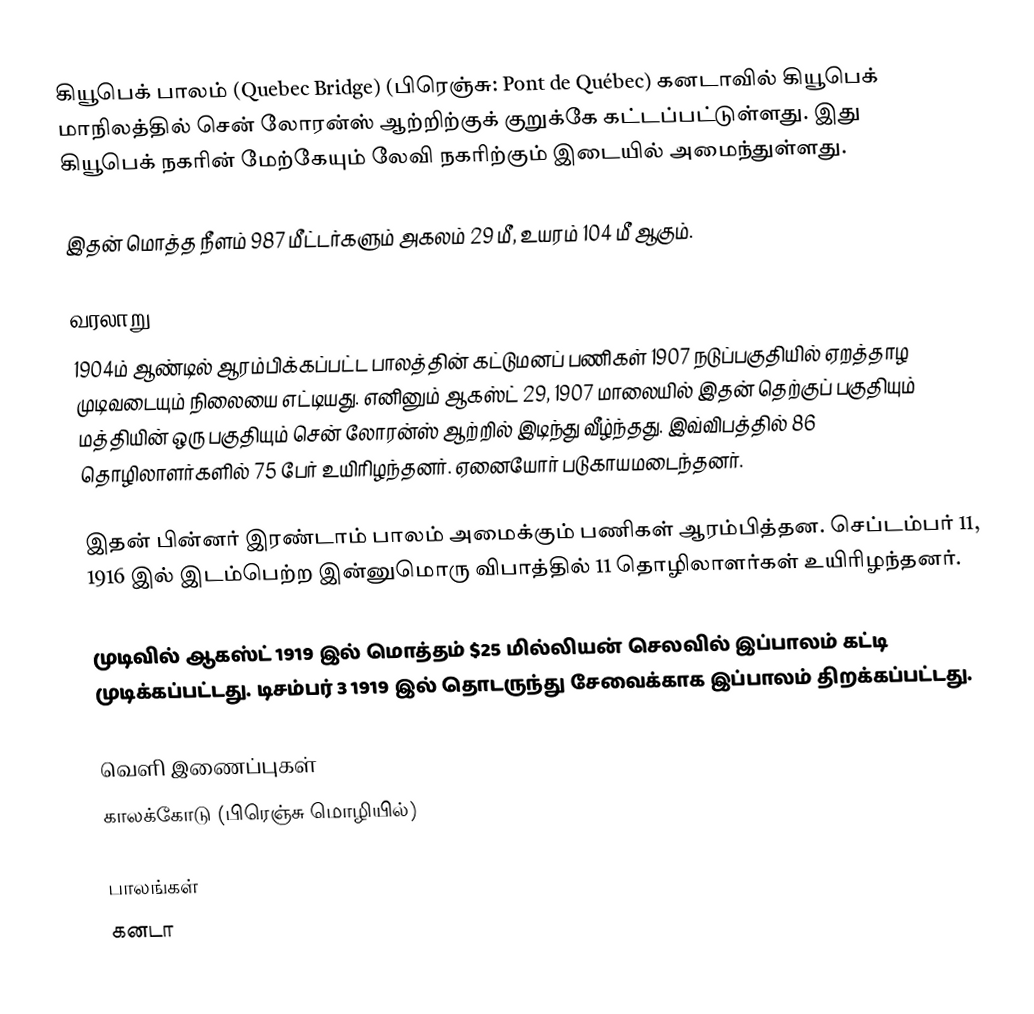
கியூபெக் பாலம் (Quebec Bridge) (பிரெஞ்சு: Pont de Québec) கனடாவில் கியூபெக் மாநிலத்தில் சென் லோரன்ஸ் ஆற்றிற்குக் குறுக்கே கட்டப்பட்டுள்ளது. இது கியூபெக் நகரின் மேற்கேயும் லேவி நகரிற்கும் இடையில் அமைந்துள்ளது.

இதன் மொத்த நீளம் 987 மீட்டர்களும் அகலம் 29 மீ, உயரம் 104 மீ ஆகும்.

வரலாறு
1904ம் ஆண்டில் ஆரம்பிக்கப்பட்ட பாலத்தின் கட்டுமனப் பணிகள் 1907 நடுப்பகுதியில் ஏறத்தாழ முடிவடையும் நிலையை எட்டியது. எனினும் ஆகஸ்ட் 29, 1907 மாலையில் இதன் தெற்குப் பகுதியும் மத்தியின் ஒரு பகுதியும் சென் லோரன்ஸ் ஆற்றில் இடிந்து வீழ்ந்தது. இவ்விபத்தில் 86 தொழிலாளர்களில் 75 பேர் உயிரிழந்தனர். ஏனையோர் படுகாயமடைந்தனர்.

இதன் பின்னர் இரண்டாம் பாலம் அமைக்கும் பணிகள் ஆரம்பித்தன. செப்டம்பர் 11, 1916 இல் இடம்பெற்ற இன்னுமொரு விபாத்தில் 11 தொழிலாளர்கள் உயிரிழந்தனர்.

முடிவில் ஆகஸ்ட் 1919 இல் மொத்தம் $25 மில்லியன் செலவில் இப்பாலம் கட்டி முடிக்கப்பட்டது. டிசம்பர் 3 1919 இல் தொடருந்து சேவைக்காக இப்பாலம் திறக்கப்பட்டது.

வெளி இணைப்புகள்
 காலக்கோடு (பிரெஞ்சு மொழியில்)

பாலங்கள்
கனடா